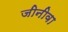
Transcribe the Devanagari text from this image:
जीनीवा